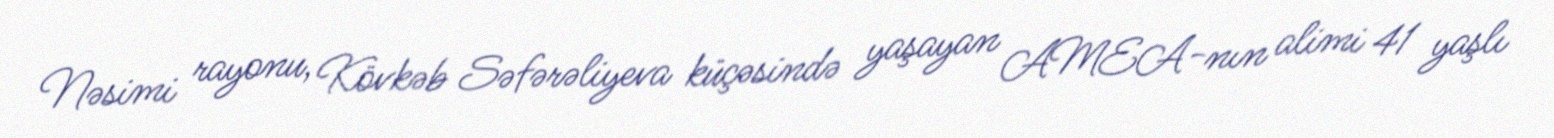
Nəsimi rayonu, Kövkəb Səfərəliyeva küçəsində yaşayan AMEA-nın alimi 41 yaşlı